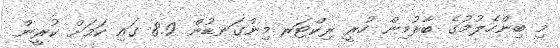
މި ބިންހެލުމުގެ ބާރުމިން ހުރީ ރިކްޓަރ މިންގަނޑުން 8.9 ގައި ކަމަށް ކުރީން